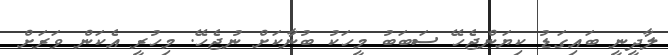
ލާދީނީ ބައިގަޑު ކިޔަންޖެހޭ ސަބަބު މީހަކު ބުނާކަށް ނުޖެހޭ. މިހުރީ އެކަން ވަރަށް